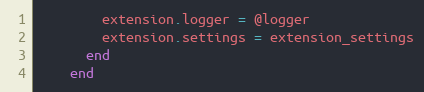
Language: Ruby
        extension.logger = @logger
        extension.settings = extension_settings
      end
    end